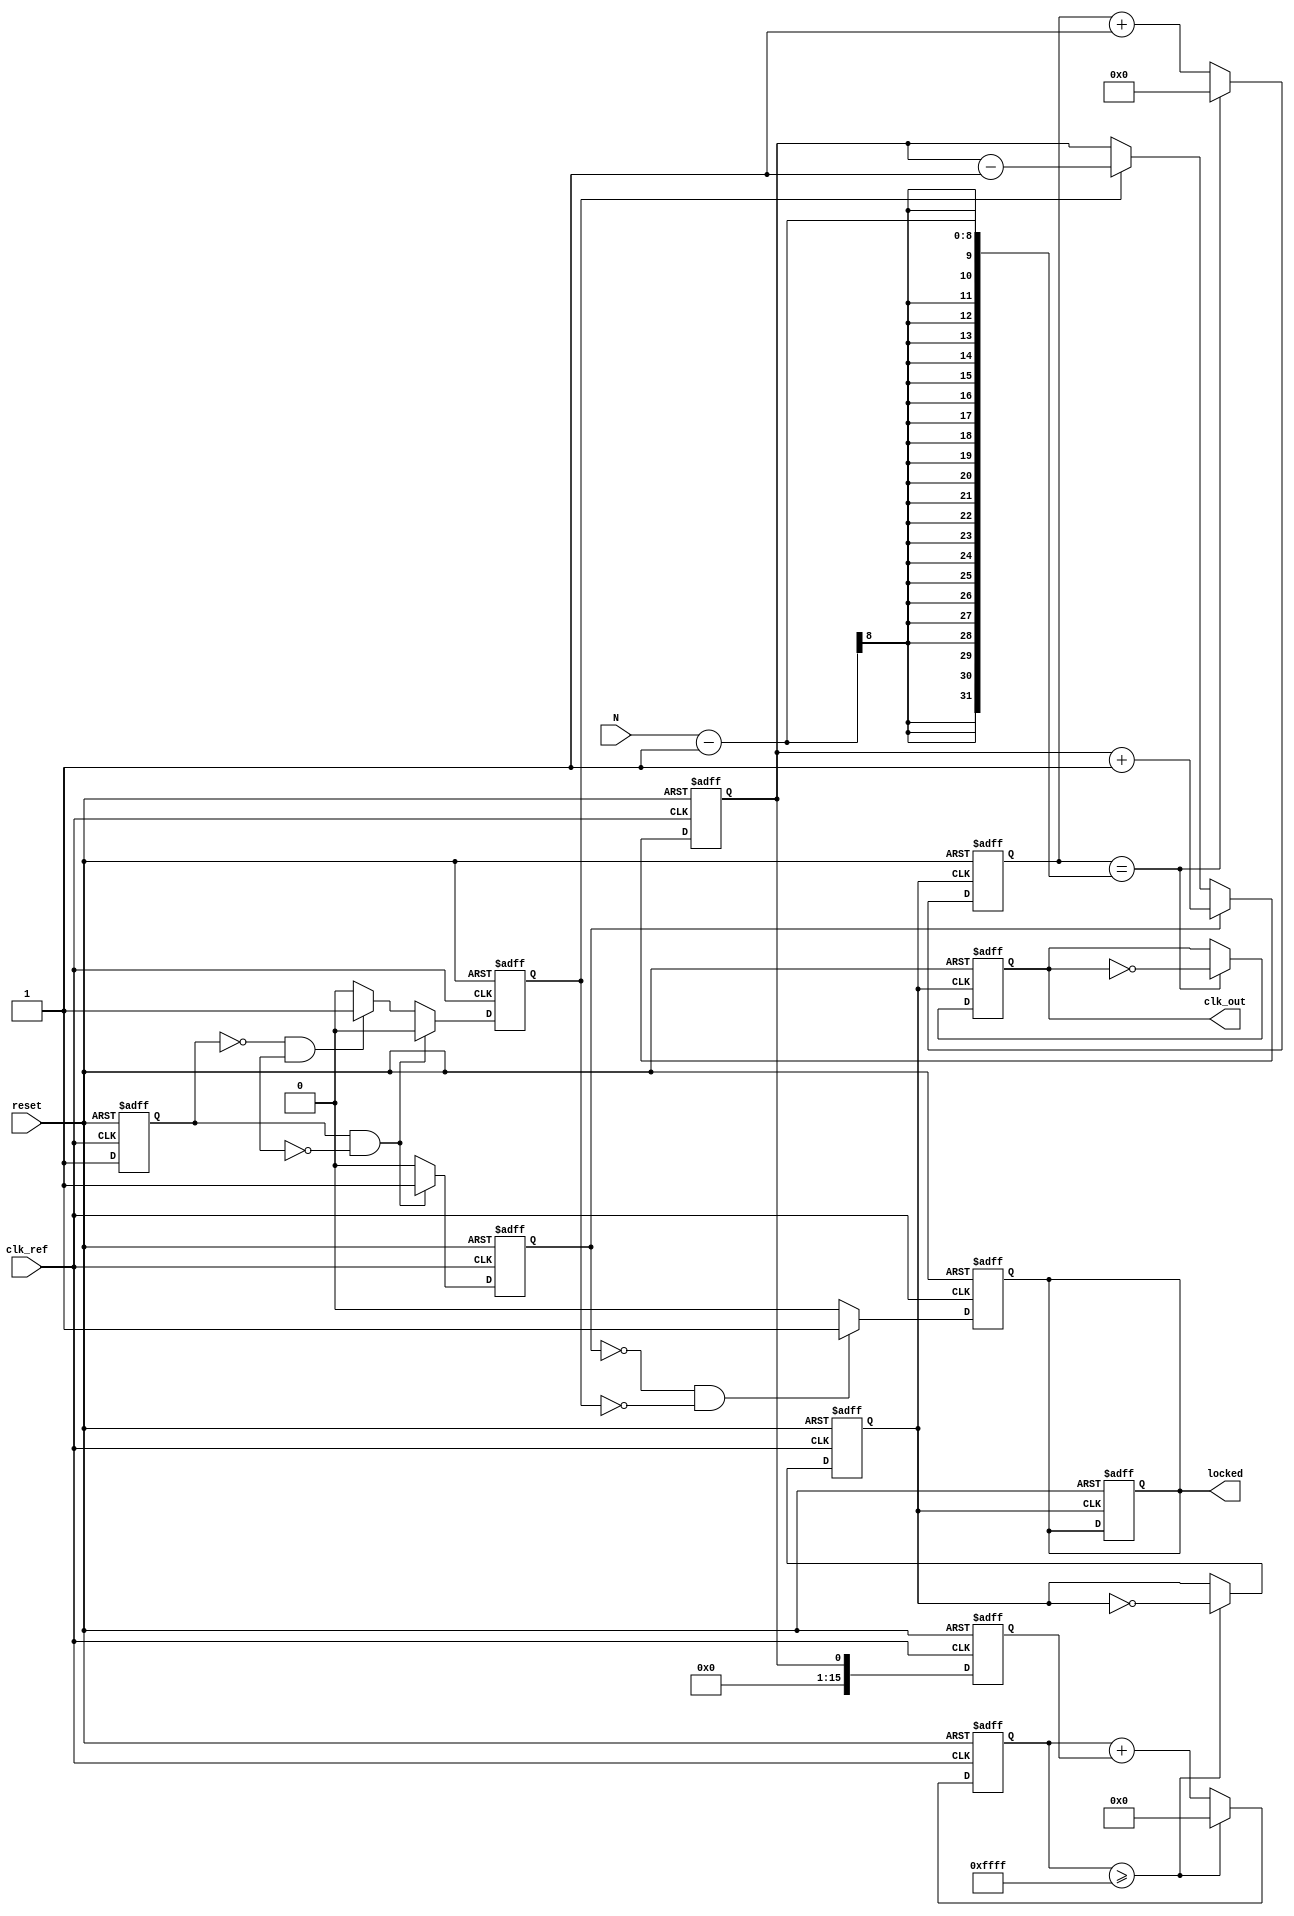
module integer_n_pll (
    input wire clk_ref,        // Reference clock input
    input wire reset,          // Asynchronous reset
    input wire [7:0] N,        // Division factor (programmable)
    output reg clk_out,        // PLL output clock
    output reg locked          // PLL locked indicator
);

// PFD signals
reg pfd_up, pfd_down;
reg ref_sync, vco_sync;

// Charge Pump signals
reg cp_output;

// Loop Filter (simple first-order)
reg [15:0] loop_filter; // 16-bit control voltage

// VCO output
reg [15:0] vco_counter;  // VCO counter for generating output clock
reg vco_clk;

// Divider
reg [7:0] divider_counter;

// State for locked condition
reg [3:0] state;
parameter IDLE = 4'b0000, LOCKED = 4'b0001;

// Phase Frequency Detector (PFD)
always @(posedge clk_ref or posedge reset) begin
    if (reset) begin
        pfd_up <= 0;
        pfd_down <= 0;
        ref_sync <= 0;
    end else begin
        ref_sync <= 1; // Synchronize reference clock
        if (ref_sync && !vco_sync) begin
            pfd_up <= 1;  // Reference clock is leading
            pfd_down <= 0;
        end else if (!ref_sync && vco_sync) begin
            pfd_up <= 0;
            pfd_down <= 1;  // VCO clock is leading
        end else begin
            pfd_up <= 0;
            pfd_down <= 0;  // No output if both are high
        end
    end
end

// Charge Pump
always @(posedge clk_ref or posedge reset) begin
    if (reset) begin
        cp_output <= 0;
    end else begin
        if (pfd_up)
            cp_output <= cp_output + 1; // Increase control voltage
        else if (pfd_down)
            cp_output <= cp_output - 1; // Decrease control voltage
    end
end

// Loop Filter
always @(posedge clk_ref or posedge reset) begin
    if (reset) begin
        loop_filter <= 0;
    end else begin
        loop_filter <= cp_output; // Simple direct mapping for control voltage
    end
end

// Voltage-Controlled Oscillator (VCO)
always @(posedge clk_ref or posedge reset) begin
    if (reset) begin
        vco_counter <= 0;
        vco_clk <= 0;
    end else begin
        vco_counter <= vco_counter + loop_filter; // Control frequency by loop filter
        if (vco_counter >= 16'hFFFF) begin
            vco_clk <= ~vco_clk; // Toggle VCO clock
            vco_counter <= 0;
        end
    end
end

// Divider (N-divider)
always @(posedge vco_clk or posedge reset) begin
    if (reset) begin
        divider_counter <= 0;
        clk_out <= 0;
        locked <= 0;
    end else begin
        if (divider_counter == (N - 1)) begin
            clk_out <= ~clk_out; // Generate output clock
            divider_counter <= 0;
        end else begin
            divider_counter <= divider_counter + 1;
        end
    end
end

// Lock detection
always @(posedge clk_ref or posedge reset) begin
    if (reset) begin
        state <= IDLE;
        locked <= 0;
    end else begin
        // Simple lock detection logic
        if (pfd_up == 0 && pfd_down == 0) begin
            state <= LOCKED;
            locked <= 1;
        end else begin
            state <= IDLE;
            locked <= 0;
        end
    end
end

endmodule